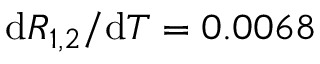
\mathrm { d } R _ { 1 , 2 } / \mathrm { d } T = 0 . 0 0 6 8